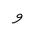
Letter: _waw